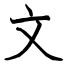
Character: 文